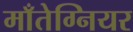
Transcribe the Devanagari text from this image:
माँतेग्नियर